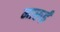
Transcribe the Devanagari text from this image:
मारूई